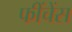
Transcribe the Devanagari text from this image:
फींचेंस